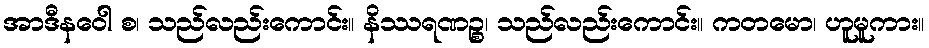
အာဒီနဝေါ စ၊ သည်လည်းကောင်း။ နိဿရဏဉ္စ၊ သည်လည်းကောင်း။ ကတမော၊ ဟူမူကား။